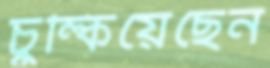
চুল্‌কিয়েছেন